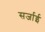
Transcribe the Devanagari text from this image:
सर्जाई